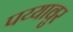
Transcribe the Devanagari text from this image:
पय्यावुर